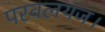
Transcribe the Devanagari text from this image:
परवलयज।